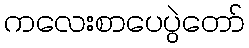
ကလေးစာပေပွဲတော်